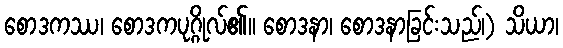
စောဒကဿ၊ စောဒကပုဂ္ဂိုလ်၏။ စောဒနာ၊ စောဒနာခြင်းသည်၊) သိယာ၊